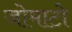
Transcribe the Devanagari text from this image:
जोमाटो